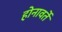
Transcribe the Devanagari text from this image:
होनावर्ते